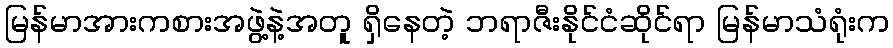
မြန်မာအားကစားအဖွဲ့နဲ့အတူ ရှိနေတဲ့ ဘရာဇီးနိုင်ငံဆိုင်ရာ မြန်မာသံရုံးက